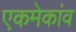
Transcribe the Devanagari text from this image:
एकमेकांव